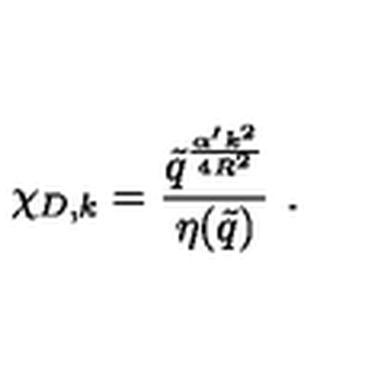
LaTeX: \chi _ { D , k } = \frac { \tilde { q } ^ { \frac { \alpha ^ { \prime } k ^ { 2 } } { 4 R ^ { 2 } } } } { \eta ( \tilde { q } ) } \ .